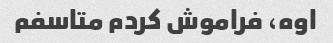
اوه، فراموش کردم متاسفم